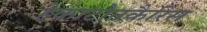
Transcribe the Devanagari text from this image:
हेकाटोनकैरिस